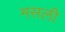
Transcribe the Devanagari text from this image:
मसली